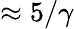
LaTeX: \approx 5/\gamma